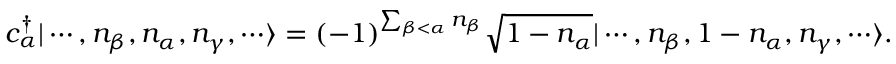
c _ { \alpha } ^ { \dagger } | \cdots , n _ { \beta } , n _ { \alpha } , n _ { \gamma } , \cdots \rangle = ( - 1 ) ^ { \sum _ { \beta < \alpha } n _ { \beta } } { \sqrt { 1 - n _ { \alpha } } } | \cdots , n _ { \beta } , 1 - n _ { \alpha } , n _ { \gamma } , \cdots \rangle .